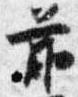
前